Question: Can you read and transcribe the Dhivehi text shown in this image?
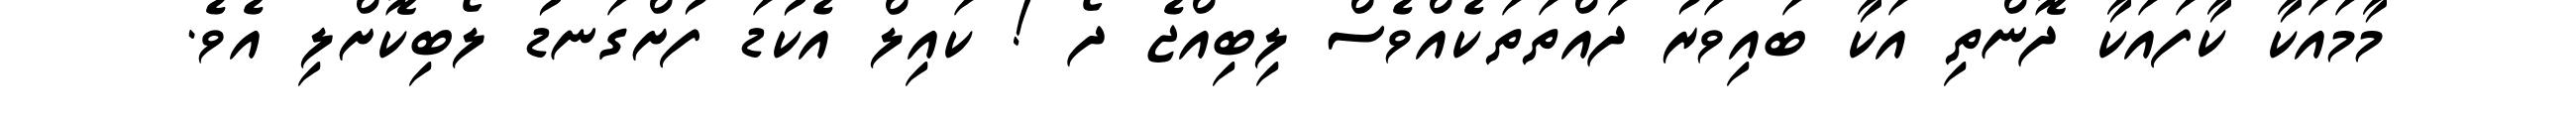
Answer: މާމައަކާ ކާފައަކާ ދޮންތި އަކާ ބައިވަރު ދައްތަތަކެއްވެސް ލިބިއްޖެ ދޯ ! ކައިލް އެކުޑަ ފުށްގަނޑު ލޯބިކޮށްލި އެވެ.